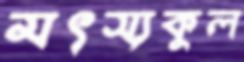
মৎস্যকুল